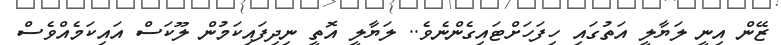
ޒޭން އިނީ ލަޔާލީ އަތުގައި ހިފަހަށްޓައިގެންނެވެ.. ލަޔާލީ އޮތީ ނިދިފައިކަމުން ލޫކަސް އައިކަމެއްވެސް